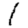
Digit: 1